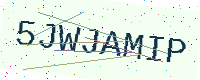
Text: 5JWJAMIP